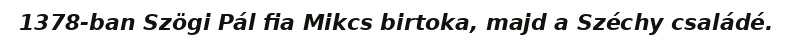
1378-ban Szögi Pál fia Mikcs birtoka, majd a Széchy családé.